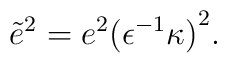
{\tilde{e}}^2=e^2{({\epsilon}^{-1}\kappa)}^2.